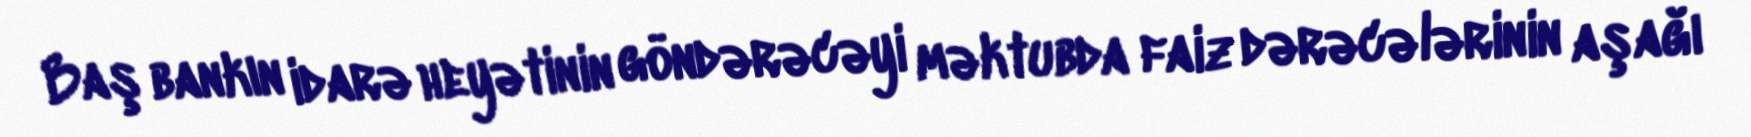
Baş bankın idarə heyətinin göndərəcəyi məktubda faiz dərəcələrinin aşağı